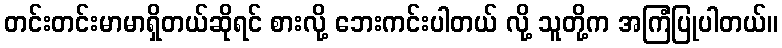
တင်းတင်းမာမာရှိတယ်ဆိုရင် စားလို့ ဘေးကင်းပါတယ် လို့ သူတို့က အကြံပြုပါတယ်။